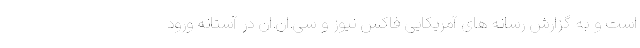
است و به گزارش رسانه های آمریکایی فاکس نیوز و سی.ان.ان در آستانه ورود